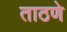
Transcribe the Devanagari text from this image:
ताठणे